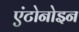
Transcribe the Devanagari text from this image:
एंटोनोइन